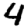
Digit: 4